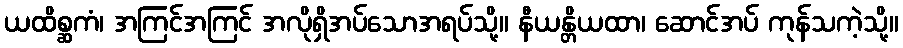
ယထိစ္ဆကံ၊ အကြင်အကြင် အလိုရှိအပ်သောအရပ်သို့။ နီယန္တိယထာ၊ ဆောင်အပ် ကုန်သကဲ့သို့။